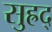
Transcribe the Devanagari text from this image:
सुह्रद्